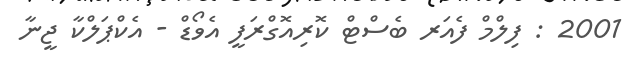
2001 : ފިލްމް ފެއަރ ބެސްޓް ކޮރިއޮގްރަފީ އެވޯޑް - އެކްޕަލްކާ ޖީނާ